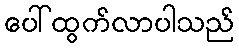
ပေါ်ထွက်လာပါသည်